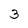
Character: 3